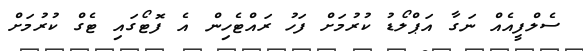
ސެލްފީއެއް ނަގާ އަޕްލޯޑު ކުރުމަށް ފަހު ރައްޓެހިން އެ ފޮޓޯގައި ޓެގް ކުރުމަށް